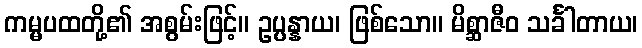
ကမ္မပထတို့၏ အစွမ်းဖြင့်။ ဥပ္ပန္နာယ၊ ဖြစ်သော။ မိစ္ဆာဇီဝ သင်္ခါတာယ၊